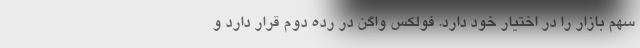
سهم بازار را در اختیار خود دارد. فولکس واگن در رده دوم قرار دارد و